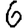
Digit: 6